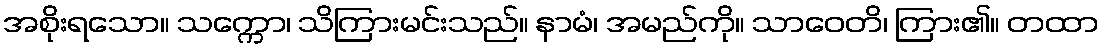
အစိုးရသော။ သက္ကော၊ သိကြားမင်းသည်။ နာမံ၊ အမည်ကို။ သာဝေတိ၊ ကြား၏။ တထာ